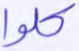
كلوا